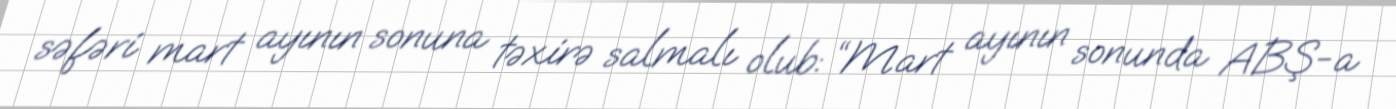
səfəri mart ayının sonuna təxirə salmalı olub: “Mart ayının sonunda ABŞ-a